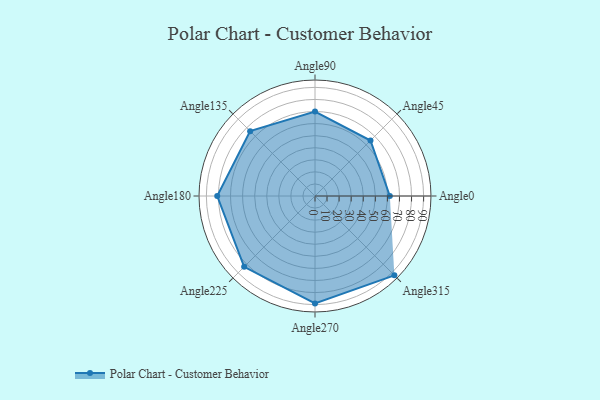
{"axis": {"x": "Angle", "y": "Radius"}, "legend": [""], "data": [{"x": "Angle0", "y": 62.0, "type": ""}, {"x": "Angle45", "y": 65.0, "type": ""}, {"x": "Angle90", "y": 70.0, "type": ""}, {"x": "Angle135", "y": 76.0, "type": ""}, {"x": "Angle180", "y": 81.0, "type": ""}, {"x": "Angle225", "y": 83.0, "type": ""}, {"x": "Angle270", "y": 89.0, "type": ""}, {"x": "Angle315", "y": 93.0, "type": ""}]}